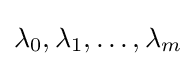
\lambda _{0},\lambda _{1},\ldots ,\lambda _{m}